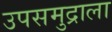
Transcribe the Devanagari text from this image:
उपसमुद्राला